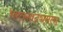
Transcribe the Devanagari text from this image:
भरतनाट्यमला